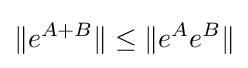
\|e^{A+B}\|\leq \|e^{A}e^{B}\|